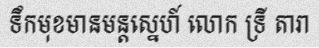
ទឹកមុខមានមន្តស្នេហ៍ លោក ទ្រី តារា